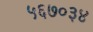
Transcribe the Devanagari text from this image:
५६७०३४